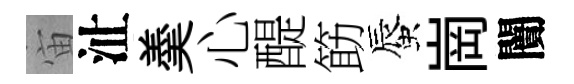
宙沚羮心醍筯蜃崗闠